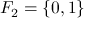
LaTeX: F _ { 2 } = \{ 0 , 1 \}